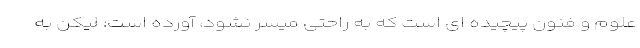
علوم و فنون پیچیده ای است که به راحتی میسر نشود، آورده است: لیکن به